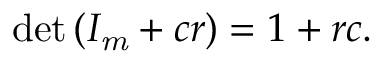
\operatorname* { d e t } \left( I _ { \mathit { m } } + c r \right) = 1 + r c .